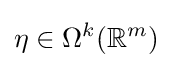
\eta \in \Omega ^{k}(\mathbb {R} ^{m})